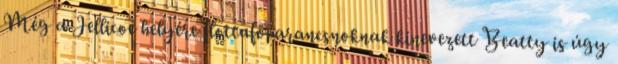
Még a Jellicoe helyére flottafőparancsnoknak kinevezett Beatty is úgy